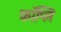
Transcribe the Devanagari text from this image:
कॉप्लि